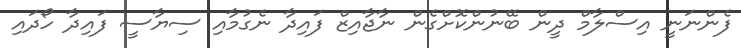
ފެންނަނީ އިސްލާމް ދީން ބޭނުންކޮށްގެން ނާޖާއިޒް ފައިދާ ނެގުމާއި ސިޔާސީ ފައިދާ ހޯދައި